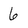
Character: 6